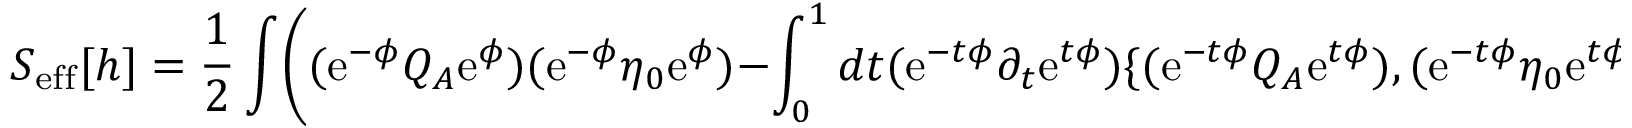
S _ { \mathrm { e f f } } [ h ] = { \frac { 1 } { 2 } } \int \biggl ( ( \mathrm { e } ^ { - \phi } Q _ { A } \mathrm { e } ^ { \phi } ) ( \mathrm { e } ^ { - \phi } \eta _ { 0 } \mathrm { e } ^ { \phi } ) - \int _ { 0 } ^ { 1 } d t ( \mathrm { e } ^ { - t \phi } \partial _ { t } \mathrm { e } ^ { t \phi } ) \{ ( \mathrm { e } ^ { - t \phi } Q _ { A } \mathrm { e } ^ { t \phi } ) , ( \mathrm { e } ^ { - t \phi } \eta _ { 0 } \mathrm { e } ^ { t \phi } ) \} \biggr ) ,